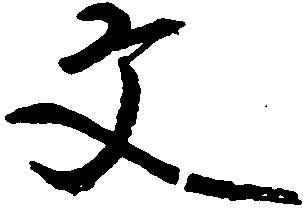
文